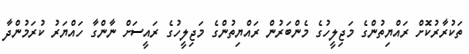
ތަކުރާރުކޮށް ރައްޔިތުންގެ މަޖިލީހުގެ މެންބަރުން ރައްޔިތުންގެ މަޖިލީހުގެ ރައީސަށް ނާންގާ ހައްޔަރު ކުރަމުންދާ